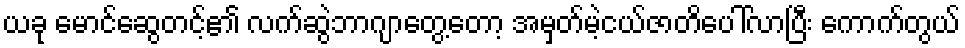
ယခု မောင်ဆွေတင့်၏ လက်ဆွဲဘာဂျာတွေ့တော့ အမှတ်မဲ့ငယ်ဇာတိပေါ်လာပြီး ကောက်တွယ်